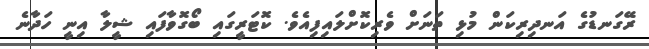
ރޭގަނޑުގެ އަނދިރިކަން މުޅި ތަނަށް ވެރިކޮށްލައިފިއެވެ. ކޮޓަރީގައި ބޯގޮވާފައި ޝީލާ އިނީ ހަދާނެ